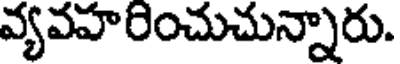
వ్యవహరించుచున్నారు.